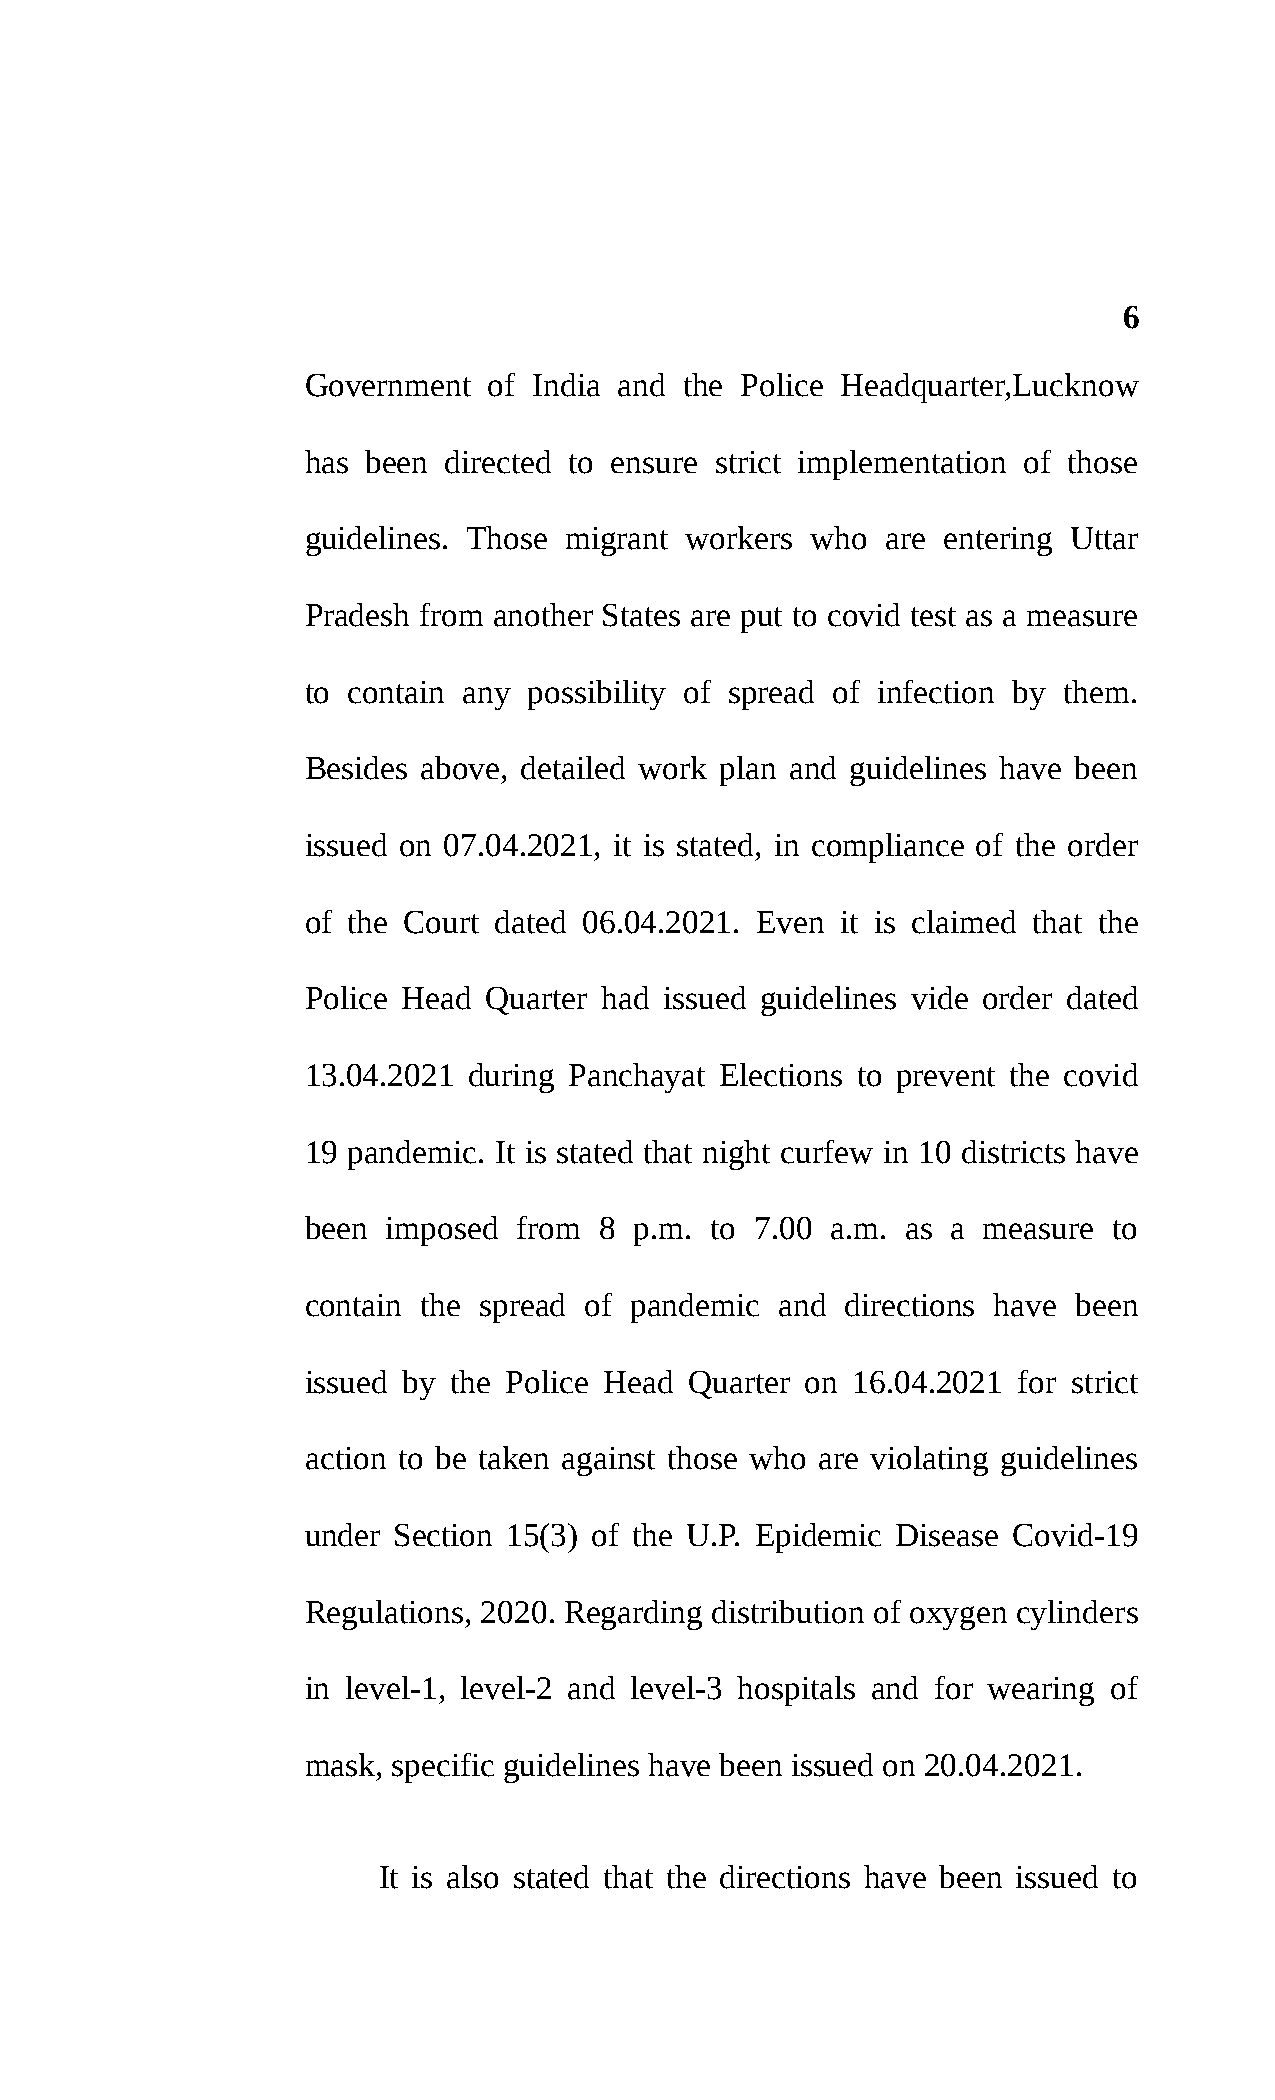
6
 Government  of India and the Police Headquarter,Lucknow
 has been directed to ensure strict implementation of those
 guidelines. Those migrant workers who  are entering Uttar
 Pradesh from another States are put to covid test as a measure
 to contain any possibility of spread of infection by them.
 Besides above, detailed work plan and guidelines have been
 issued on 07.04.2021, it is stated, in compliance of the order
 of the Court dated 06.04.2021. Even it is claimed that the
 Police Head Quarter had issued guidelines vide order dated
 13.04.2021 during Panchayat Elections to prevent the covid
 19 pandemic. It is stated that night curfew in 10 districts have
 been  imposed from  8 p.m. to 7.00 a.m. as a measure  to
 contain the spread of pandemic  and directions have been
 issued by the Police Head Quarter on 16.04.2021 for strict
 action to be taken against those who are violating guidelines
 under Section 15(3) of the U.P. Epidemic Disease Covid-19
 Regulations, 2020. Regarding distribution of oxygen cylinders
 in level-1, level-2 and level-3 hospitals and for wearing of
 mask, specific guidelines have been issued on 20.04.2021.
 It is also stated that the directions have been issued to